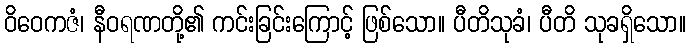
ဝိဝေကဇံ၊ နီဝရဏတို့၏ ကင်းခြင်းကြောင့် ဖြစ်သော။ ပီတိသုခံ၊ ပီတိ သုခရှိသော။